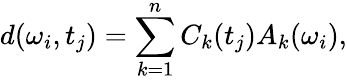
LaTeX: d(\omega_{i},t_{j})=\sum_{k=1}^{n}C_{k}(t_{j})A_{k}(\omega_{i}),